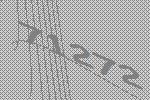
71272